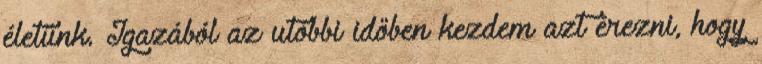
életünk. Igazából az utóbbi időben kezdem azt érezni, hogy